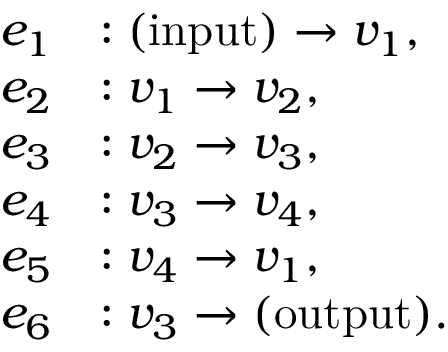
\begin{array} { r l } { e _ { 1 } } & { : \mathrm { ( i n p u t ) } \to v _ { 1 } , } \\ { e _ { 2 } } & { : v _ { 1 } \to v _ { 2 } , } \\ { e _ { 3 } } & { : v _ { 2 } \to v _ { 3 } , } \\ { e _ { 4 } } & { : v _ { 3 } \to v _ { 4 } , } \\ { e _ { 5 } } & { : v _ { 4 } \to v _ { 1 } , } \\ { e _ { 6 } } & { : v _ { 3 } \to \mathrm { ( o u t p u t ) } . } \end{array}